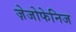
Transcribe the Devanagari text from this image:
ज़ेजोफेनिज